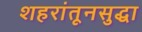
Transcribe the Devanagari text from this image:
शहरांतूनसुद्धा